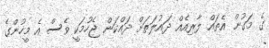
ގެ މަގުން އެތައް ލާރިއެއް ދައުލަތަށް ދައްކަން ޖެހުމަކީ ވެސް އެ މީހުންގެ